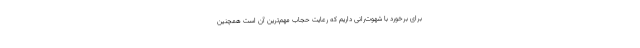
برای برخورد با شهوت‌رانی داریم که رعایت حجاب مهم‌ترین آن است همچنین